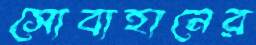
সোবাহানের